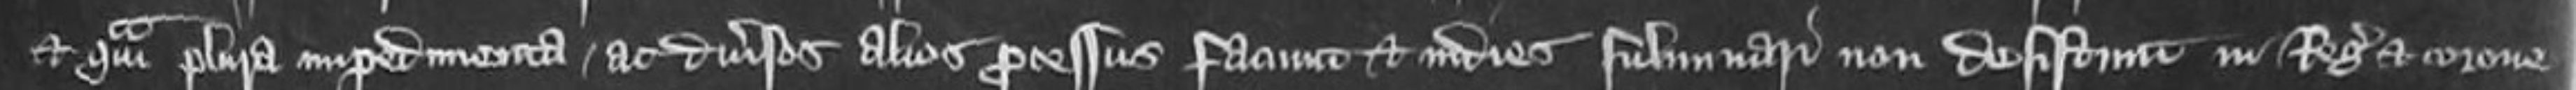
et quam plura impedimenta ac diversos alios processus faciunt et indies fulminari non desistunt in Regis et corone